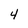
Character: 4